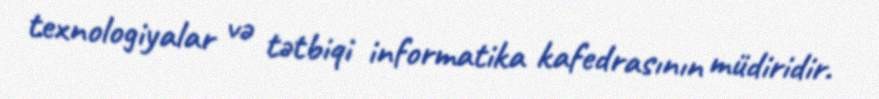
texnologiyalar və tətbiqi informatika kafedrasının müdiridir.